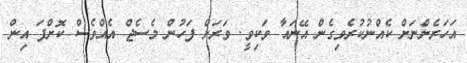
އަހަރެންނަށް ކެއްނުކުރެވިގެން އޭނައާ ވަކިވީ. ވަރަށް ފަހުން މެސެޖް އެއްވެސް ކޮށްފަ އިން